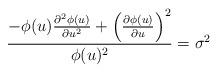
LaTeX: \begin{align*}\frac{ - \phi (u) \frac{ \partial^2 \phi (u)}{\partial u^2} + \left( \frac{ \partial \phi (u)}{\partial u} \right)^2}{\phi (u)^2} = \sigma^2\end{align*}